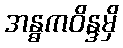
အန္ဓကဝိန္ဒမှိ